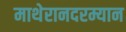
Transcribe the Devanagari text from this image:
माथेरानदरम्यान